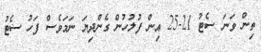
ތިން ވަނަ ސެޓު 21-25 އިން ފުލުހުން ގެންދިޔަ ނަމަވެސް ފަހު ސެޓު